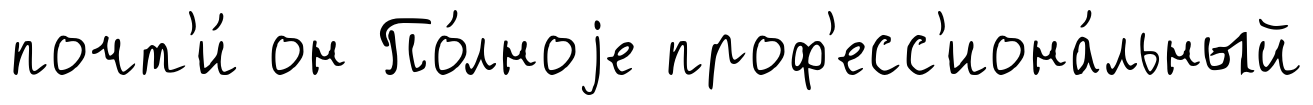
почт'и́ он По́лноjе проф'есс'иона́льный